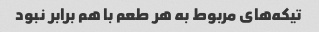
تیکه‌های مربوط به هر طعم با هم برابر نبود